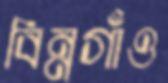
বিন্নগাঁও